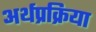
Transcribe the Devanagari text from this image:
अर्थप्रक्रिया